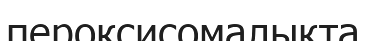
пероксисомалықта